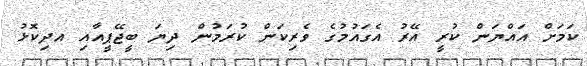
ކަމަށް އައްޔަން ކުރީ އޭރު އެގައުމުގެ ވެރިކަން ކުރަމުން ދިޔަ ބީޖޭޕީއާއި އދިކޮޅު